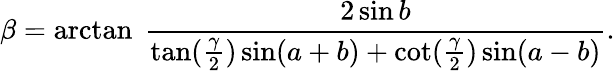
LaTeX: \beta=\arctan\ {\frac{2\sin b}{\tan({\frac{\gamma}{2}})\sin(a+b)+\cot({\frac{\gamma}{2}})\sin(a-b)}}.